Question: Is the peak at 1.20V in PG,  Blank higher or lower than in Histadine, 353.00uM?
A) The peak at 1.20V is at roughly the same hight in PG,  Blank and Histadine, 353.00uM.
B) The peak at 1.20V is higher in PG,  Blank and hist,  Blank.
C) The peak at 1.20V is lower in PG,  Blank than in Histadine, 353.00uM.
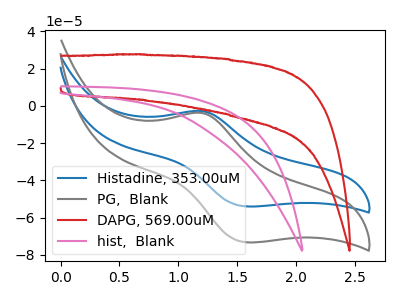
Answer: <think>The blue curve "Histadine, 353.00uM" has an anodic peak at (1.20V, -2.85uA) and a cathodic peak at (1.60V, -54.05uA). The gray curve "PG,  Blank" has an anodic peak at (1.20V, -3.85uA) and a cathodic peak at (1.60V, -73.35uA). The red curve "DAPG, 569.00uM" has no peaks. The pink curve "hist,  Blank" has no peaks.</think>
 <answer>C) The peak at 1.20V is lower in "PG,  Blank" than in "Histadine, 353.00uM".</answer>
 <eval>C</eval>